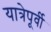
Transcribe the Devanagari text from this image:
यात्रेपूर्वी